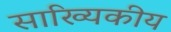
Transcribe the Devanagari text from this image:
साख्यिकीय